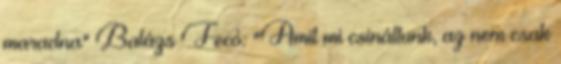
maradna" Balázs Fecó: "Amit mi csináltunk, az nem csak